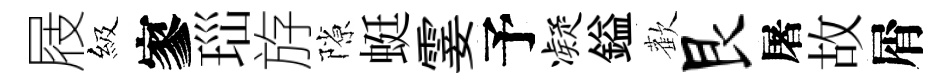
屐級寥𤤼斿隙蜓霎予凝鎰歡艮屠故屑